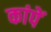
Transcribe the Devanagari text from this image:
कांपें